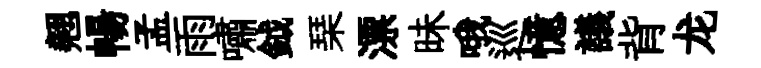
翹暢孟雨嘯鉞琹漂昧哦巡憶議背龙